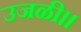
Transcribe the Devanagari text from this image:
उजळी॥